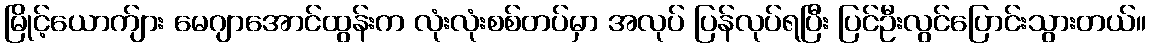
မြိုင့်ယောက်ျား မေဂျာအောင်ထွန်းက လုံးလုံးစစ်တပ်မှာ အလုပ် ပြန်လုပ်ရပြီး ပြင်ဦးလွင်ပြောင်းသွားတယ်။